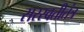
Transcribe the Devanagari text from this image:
सरस्वतीतंत्र